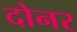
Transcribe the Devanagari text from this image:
दोनर